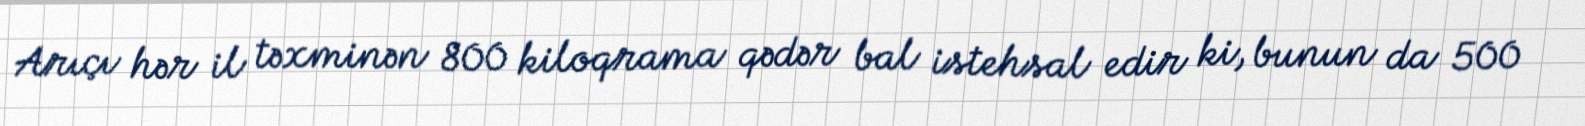
Arıçı hər il təxminən 800 kiloqrama qədər bal istehsal edir ki, bunun da 500